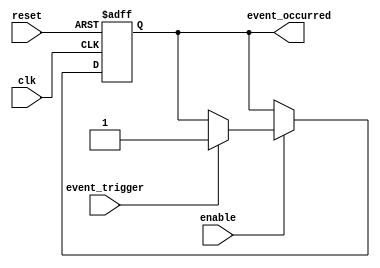
module event_timer (
    input wire clk,
    input wire reset,
    input wire enable,
    input wire event_trigger,
    output reg event_occurred
);

reg [31:0] counter;

always @(posedge clk or posedge reset) begin
    if (reset) begin
        counter <= 0;
        event_occurred <= 0;
    end else begin
        if (enable) begin
            counter <= counter + 1;
            if (event_trigger) begin
                event_occurred <= 1;
                counter <= 0;
            end
        end
    end
end

endmodule